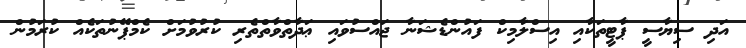
އަދި ސިޔާސީ ޕާޓީތަކާއި އިސްލާމިކް ފައުންޑެޝަނާ ޖައްސުވައި ޢަދާތްވާތްތެރި ކުރުވުމަށް ކެމްޕޭނުތަކެއް ކުރަމުން